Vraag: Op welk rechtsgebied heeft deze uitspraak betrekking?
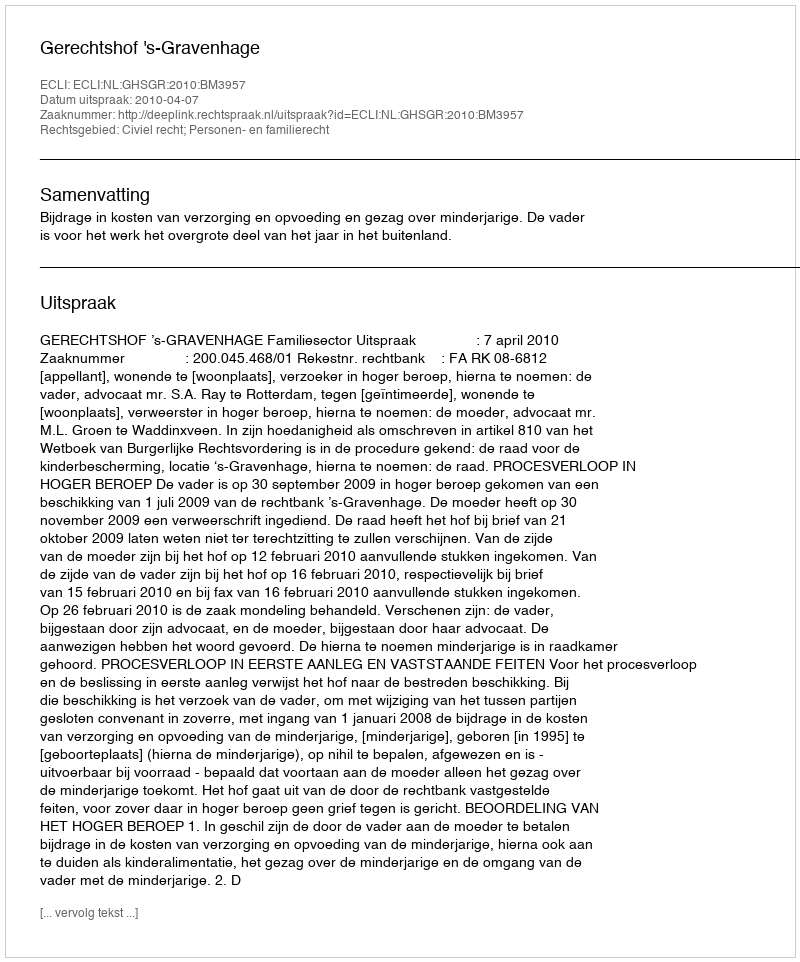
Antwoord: Civiel recht; Personen- en familierecht